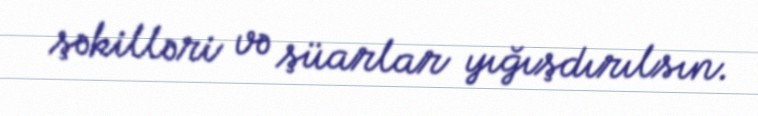
şəkilləri və şüarlar yığışdırılsın.